Tezpur Lunatic Asylum reports 1895-1904 - 1895-1904
Year: 1895
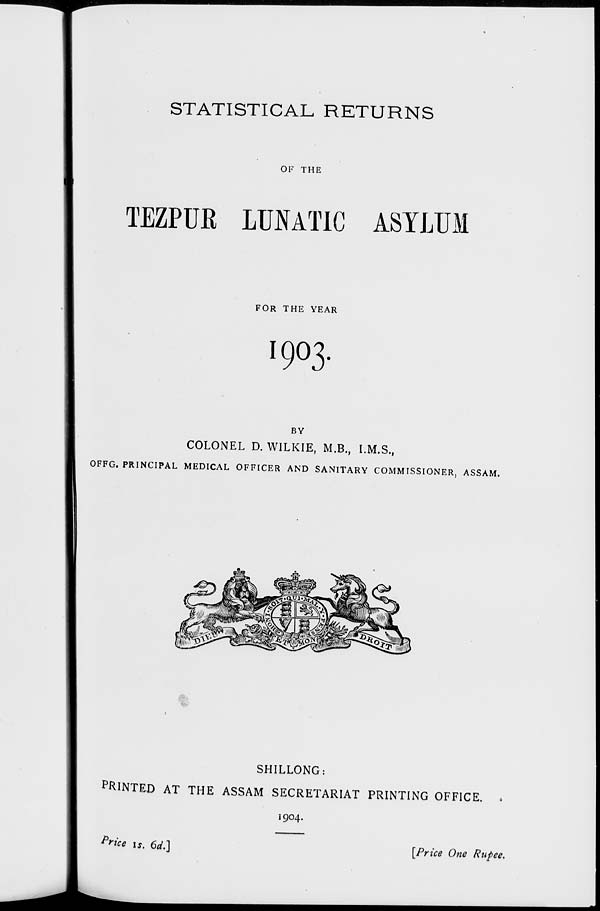
STATISTICAL RETURNS
OF THE
TEZPUR LUNATIC ASYLUM
FOR THE YEAR
1903
BY
COLONEL D. WILKIE, M.B., I.M.S.,
OFFG. PRINCIPAL MEDICAL OFFICER AND SANITARY COMMISSIONER, ASSAM.
t&
SHILLONG:
PRINTED AT THE ASSAM SECRETARIAT PRINTING OFFICE. ,
1904.
rice is. 6(1.]
[Price One Rupee.